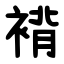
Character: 褙